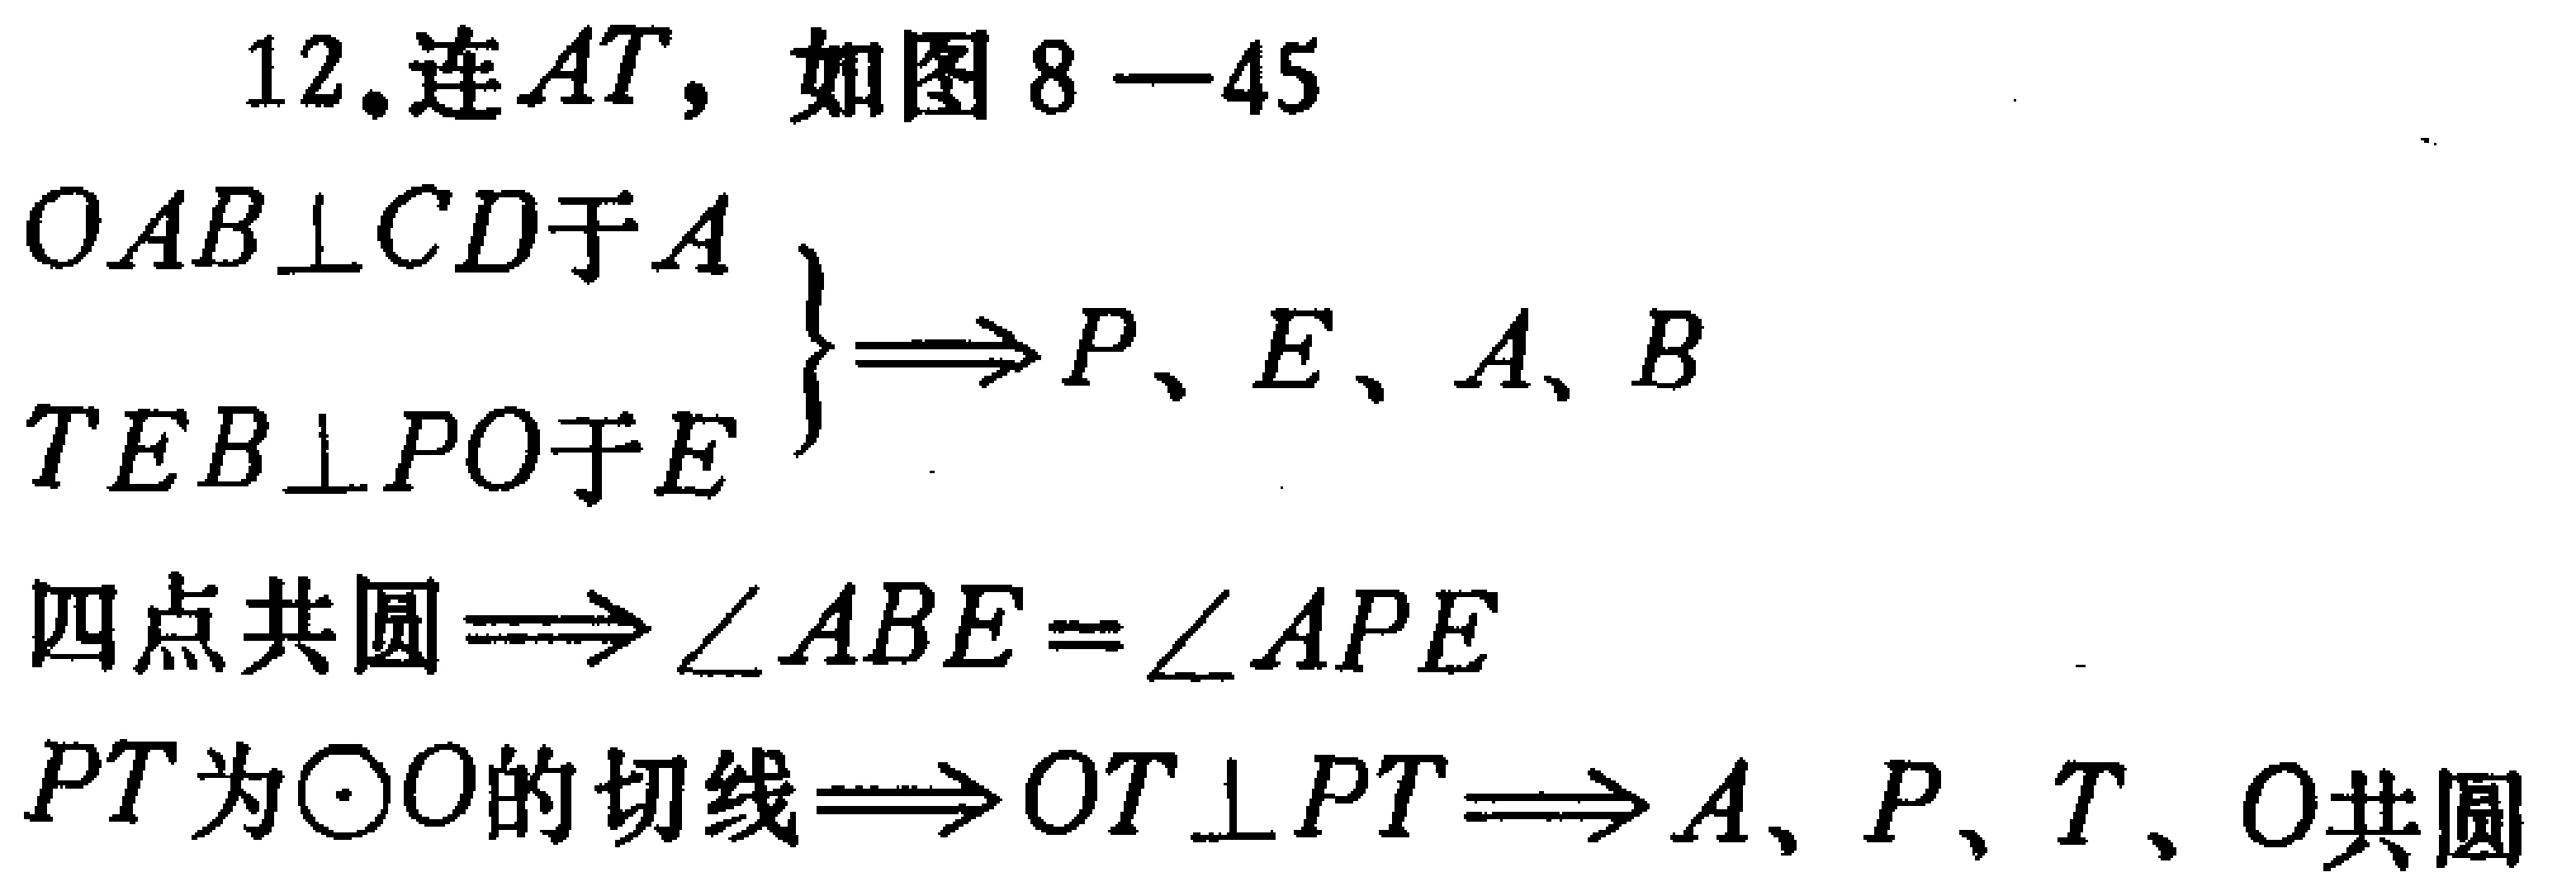
12. 连 \(AT\)，如图8—45

\(\left.\begin{array}{l}

OAB\perp CD\text{于}A\\

TEB\perp PO\text{于}E

\end{array}\right\}\Longrightarrow P、E、A、B\)

四点共圆\(\Longrightarrow\angle ABE = \angle APE\)

\(PT\text{为}\odot O\text{的切线}\Longrightarrow OT\perp PT\Longrightarrow A、P、T、O\text{共圆}\)